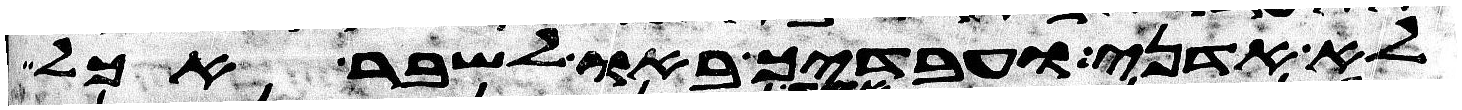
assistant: לא אדני ועבדיך באו לשבר אכל